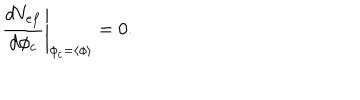
\left. \frac { d V _ { e f } } { d \phi _ { c } } \right| _ { \phi _ { c } = \left\langle \phi \right\rangle } = 0 .